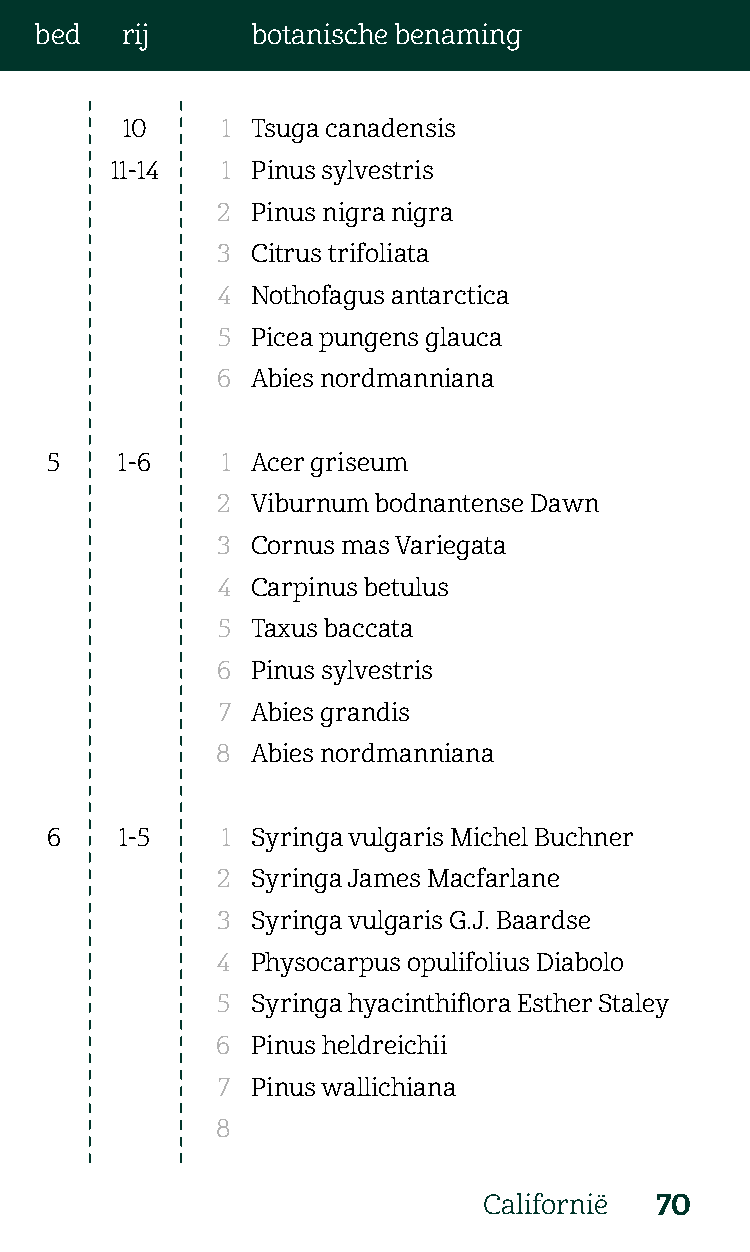
bed   rij      botanische benaming
 10     1 Tsuga canadensis
 11-14   1 Pinus sylvestris
 2  Pinus nigra nigra
 3  Citrus trifoliata
 4  Nothofagus antarctica
 5  Picea pungens glauca
 6  Abies nordmanniana
 5    1-6    1 Acer griseum
 2  Viburnum bodnantense Dawn
 3  Cornus mas Variegata
 4  Carpinus betulus
 5  Taxus baccata
 6  Pinus sylvestris
 7  Abies grandis
 8  Abies nordmanniana
 6    1-5    1 Syringa vulgaris Michel Buchner
 2  Syringa James Macfarlane
 3  Syringa vulgaris G.J. Baardse
 4  Physocarpus opulifolius Diabolo
 5  Syringa hyacinthiflora Esther Staley
 6  Pinus heldreichii
 7  Pinus wallichiana
 8
 Californië 70